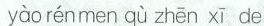
yào rénmen qù zhēn xī de